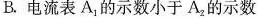
B.电流表A_{1}的示数小于A_{2}的示数